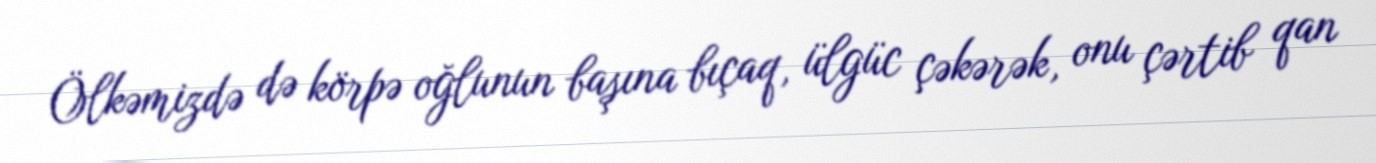
Ölkəmizdə də körpə oğlunun başına bıçaq, ülgüc çəkərək, onu çərtib qan